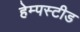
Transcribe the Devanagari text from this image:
हेम्पस्टीड